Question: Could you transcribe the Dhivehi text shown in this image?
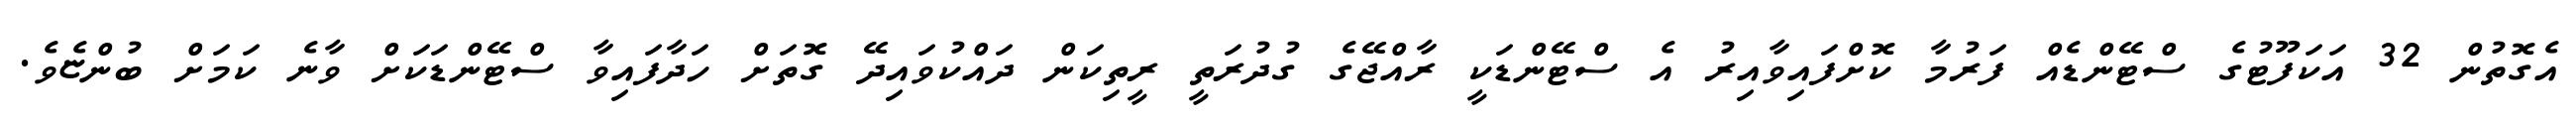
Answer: އެގޮތުން 32 އަކަފޫޓުގެ ސްޓޭންޑެއް ފަރުމާ ކޮށްފައިވާއިރު އެ ސްޓޭންޑަކީ ރާއްޖޭގެ ގުދުރަތީ ރީތިކަން ދައްކުވައިދޭ ގޮތަށް ހަދާފައިވާ ސްޓޭންޑަކަށް ވާނެ ކަމަށް ބުންޏެވެ.